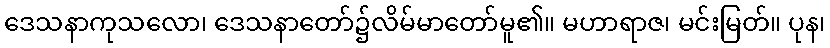
ဒေသနာကုသလော၊ ဒေသနာတော်၌လိမ်မာတော်မူ၏။ မဟာရာဇ၊ မင်းမြတ်။ ပုန၊